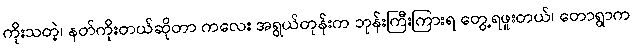
ကိုးသတဲ့၊ နတ်ကိုးတယ်ဆိုတာ ကလေး အရွယ်တုန်းက ဘုန်းကြီးကြားရ တွေ့ရဖူးတယ်၊ တောရွာက